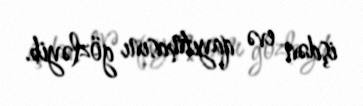
işdən evə qayıtmasını gözləyib.